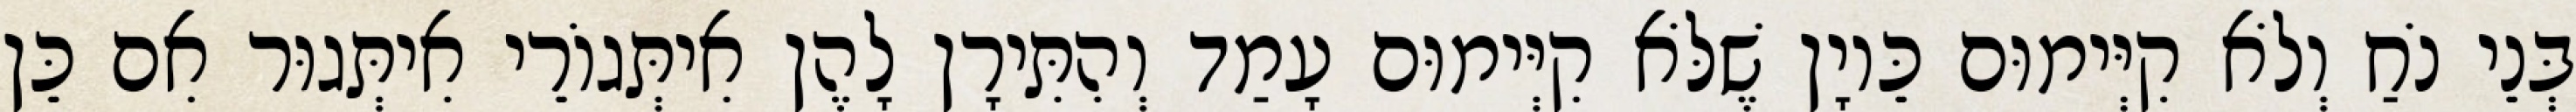
בְּנֵי נֹחַ וְלֹא קִיְּימוּם כֵּיוָן שֶׁלֹּא קִיְּימוּם עָמַד וְהִתִּירָן לָהֶן אִיתְּגוֹרֵי אִיתְּגוּר אִם כֵּן